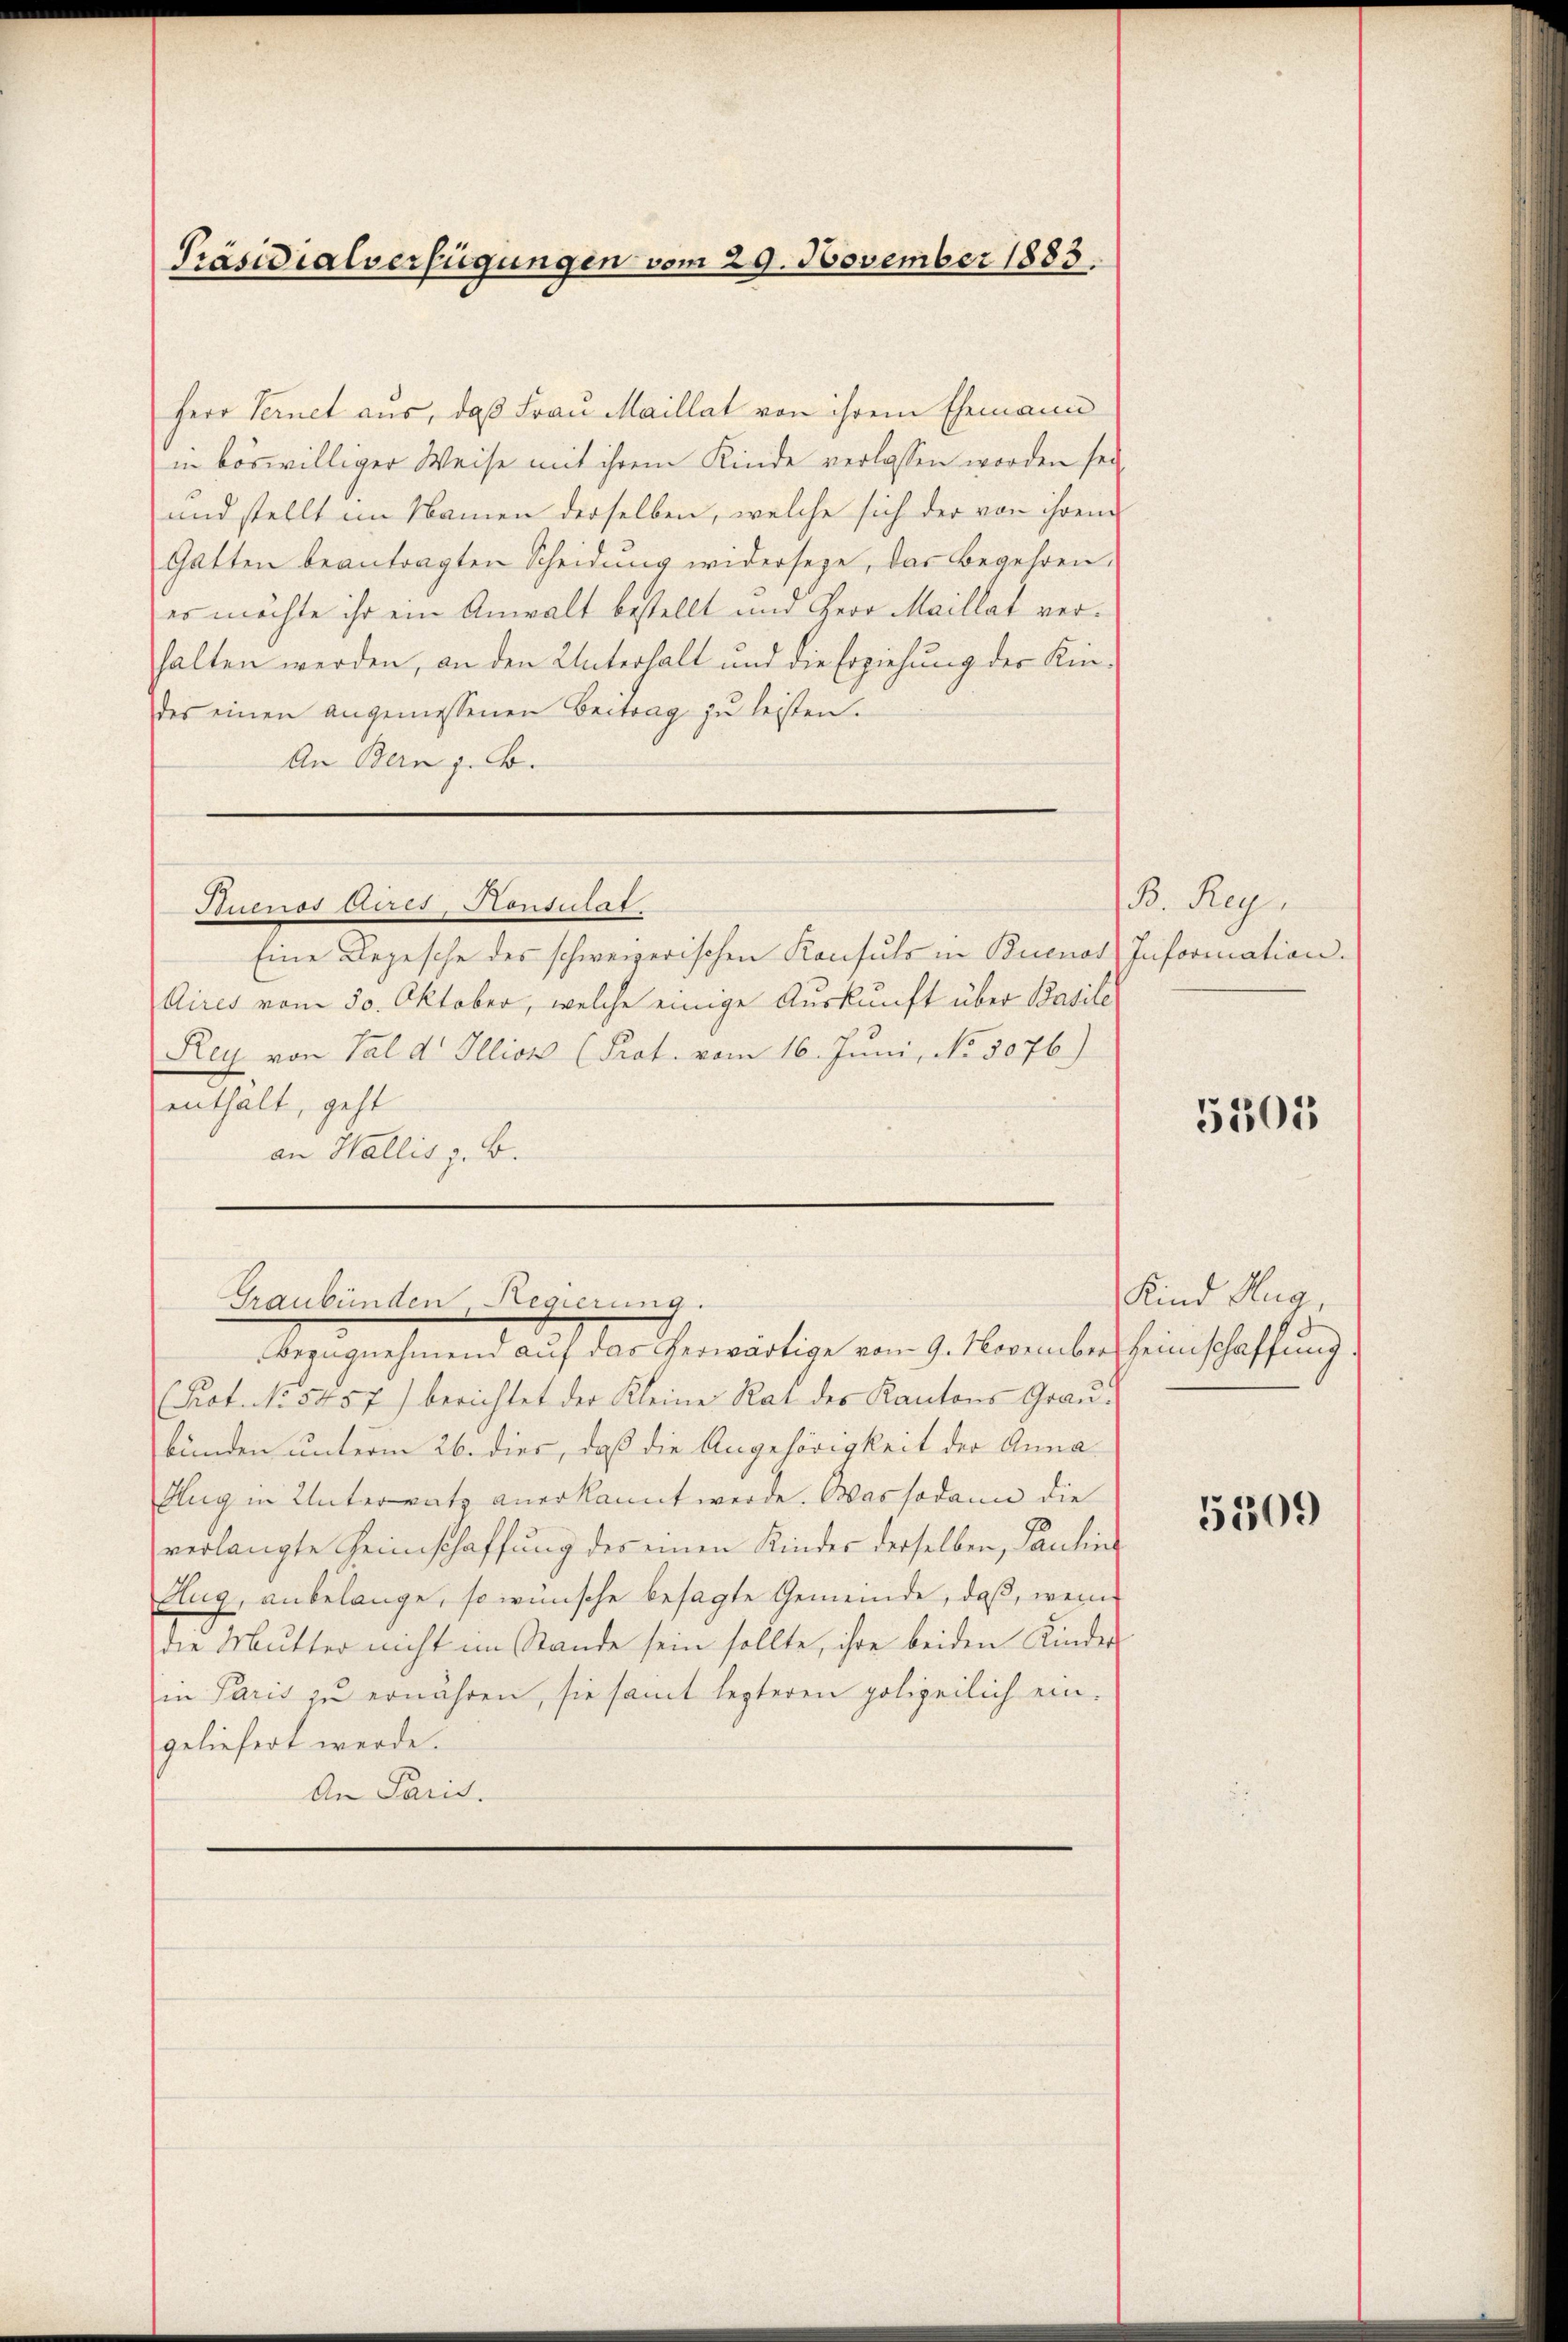
Herr Fernet aus, daß Frau Maillat von ihrem Ehemann
in böswilliger Weise mit ihrem Kinde verlassen worden sei
und stellt im Namen derselben, welche sich der von ihrem
Gatten beantragten Scheidŭng widerseze, das Begehren.
es möchte ihr ein Anwalt bestellt und Herr Maillat verhalten werden, an den Unterhalt und die Erziehung der Kindes einen angemessenen Beitrag zŭ leisten.
An Bern z. B.

Präsidialverfügungen vom 29. November 1883

Puenos Aires Konsulat

Eine Depesche des schweizerischen Konsuls in Buenos
Aires vom 30. Oktober, welche einige Auskunft über Basile
Rey von Tal d. Illion (Prot. vom 16. Juni, No. 5076)
enthält, geht
an Wallis z. B.

Graubünden, Regierung.
Bezugnehmend auf das Verwärtige vom 9. November Heinschaffung

(Prot. No. 5457) berichtet der Kleine Rat des Kantons Graŭ-
bünden unterm 26. dies, daß die Angehörigkeit der Anna¬
Alug in Unterrath anerkannt werde. Was sodann die
verlangte Heimschaffung des einen Kindes derselben, Pauline
Aug, anbelange, so wünsche besagte Gemeinde, daß, wenn
die Mutter nicht im Stande sein sollte, ihre beiden Kinder-
in Paris zu ernähren, sie samt lezteren polizeilich ein-
geliefert werde.
An Paris.

B. Reg.
Information.

5503

Kind Hug,

5509